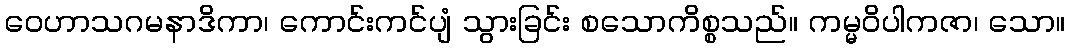
ဝေဟာသဂမနာဒိကာ၊ ကောင်းကင်ပျံ သွားခြင်း စသောကိစ္စသည်။ ကမ္မဝိပါကဇာ၊ သော။